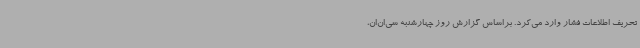
تحریف اطلاعات فشار وارد می‌کرد. براساس گزارش روز چهارشنبه سی‌ان‌ان،